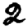
Digit: 2